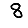
Digit: 8